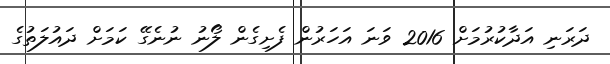
ދަރަނި އަދާކުރުމަށް 2016 ވަނަ އަހަރުން ފެށިގެން ލޯނު ނުނެގޭ ކަމަށް ދައުލަތުގެ